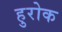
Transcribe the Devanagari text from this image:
हुरोक